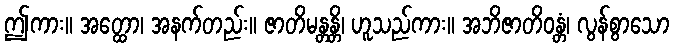
ဤကား။ အတ္ထော၊ အနက်တည်း။ ဇာတိမန္တန္တိ၊ ဟူသည်ကား။ အဘိဇာတိဝန္တံ၊ လွန်စွာသော